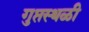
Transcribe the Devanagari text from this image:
गुप्तस्थळी